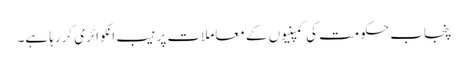
پنجاب حکومت کی کمپنیوں کے معاملات پر نیب انکوائری کررہا ہے۔